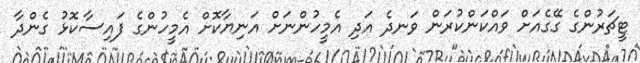
ޓީޗަރުންގެ ގޭގެއަށް ވައްކަންކުރަން ވަނދެ އަދި އެމީހުންނަށް އަނިޔާކޮށް އެމީހުންގެ ފައިސާކޮޅު ގެންދާ